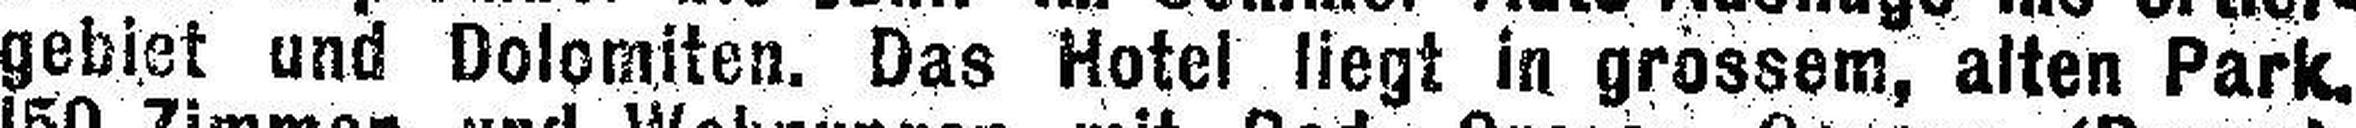
gebiet und Dolomiten. Das Hotel liegt in grossem, alten Park.